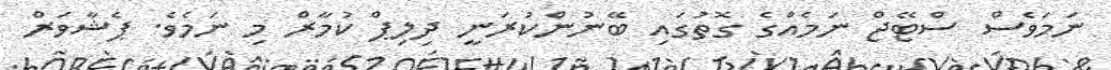
ނަމަވެސް ސްޓޭޖް ނަމެއްގެ ގޮތުގައި ބޭނުންކުރަނީ ދިލިޕް ކުމާރް މި ނަމެވެ. ޕެޝާވަރް